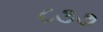
૮૩૭